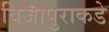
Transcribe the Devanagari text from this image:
विजापुराकडे